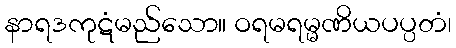
နာရဒကုဋံမည်သော။ ဝရမရမ္မဏိယပပ္ပတံ၊